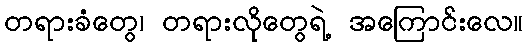
တရားခံတွေ၊ တရားလိုတွေရဲ့ အကြောင်းလေ။